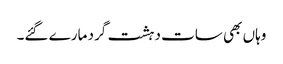
وہاں بھی سات دہشت گرد مارے گئے۔